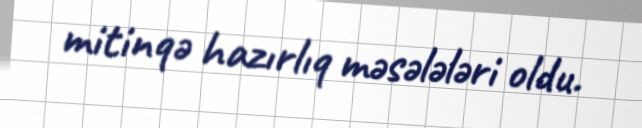
mitinqə hazırlıq məsələləri oldu.